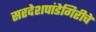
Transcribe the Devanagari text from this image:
सरदेशपांडेगिरीचे